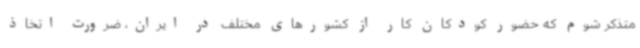
متذکر شوم که حضور کودکان کار از کشورهای مختلف در ایران، ضرورت اتخاذ